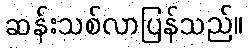
ဆန်းသစ်လာပြန်သည်။